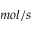
m o l / s